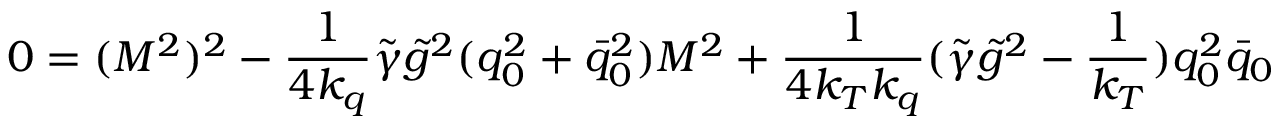
0 = ( { \cal M } ^ { 2 } ) ^ { 2 } - \frac 1 { 4 k _ { q } } \tilde { \gamma } \tilde { g } ^ { 2 } ( q _ { 0 } ^ { 2 } + \bar { q } _ { 0 } ^ { 2 } ) { \cal M } ^ { 2 } + \frac 1 { 4 k _ { T } k _ { q } } ( \tilde { \gamma } \tilde { g } ^ { 2 } - \frac 1 { k _ { T } } ) q _ { 0 } ^ { 2 } \bar { q } _ { 0 }